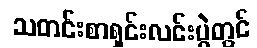
သတင်းစာရှင်းလင်းပွဲတွင်